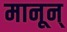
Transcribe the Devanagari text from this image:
मानून्